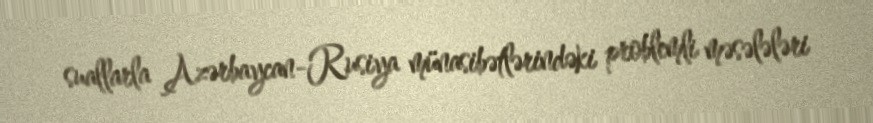
suallarla Azərbaycan-Rusiya münasibətlərindəki problemli məsələləri